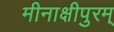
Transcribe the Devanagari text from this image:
मीनाक्षीपुरम्